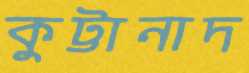
কুট্টানাদ